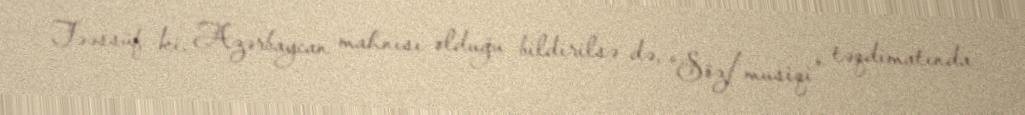
Təəssüf ki, Azərbaycan mahnısı olduğu bildirilsə də, “Söz/musiqi” təqdimatında